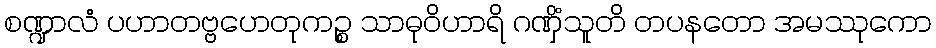
စဏ္ဍာလံ ပဟာတဗ္ဗဟေတုကဉ္စ သာဓုဝိဟာရိ ဂဏှိံသူတိ တပနတော အမဿုကော